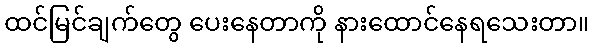
ထင်မြင်ချက်တွေ ပေးနေတာကို နားထောင်နေရသေးတာ။